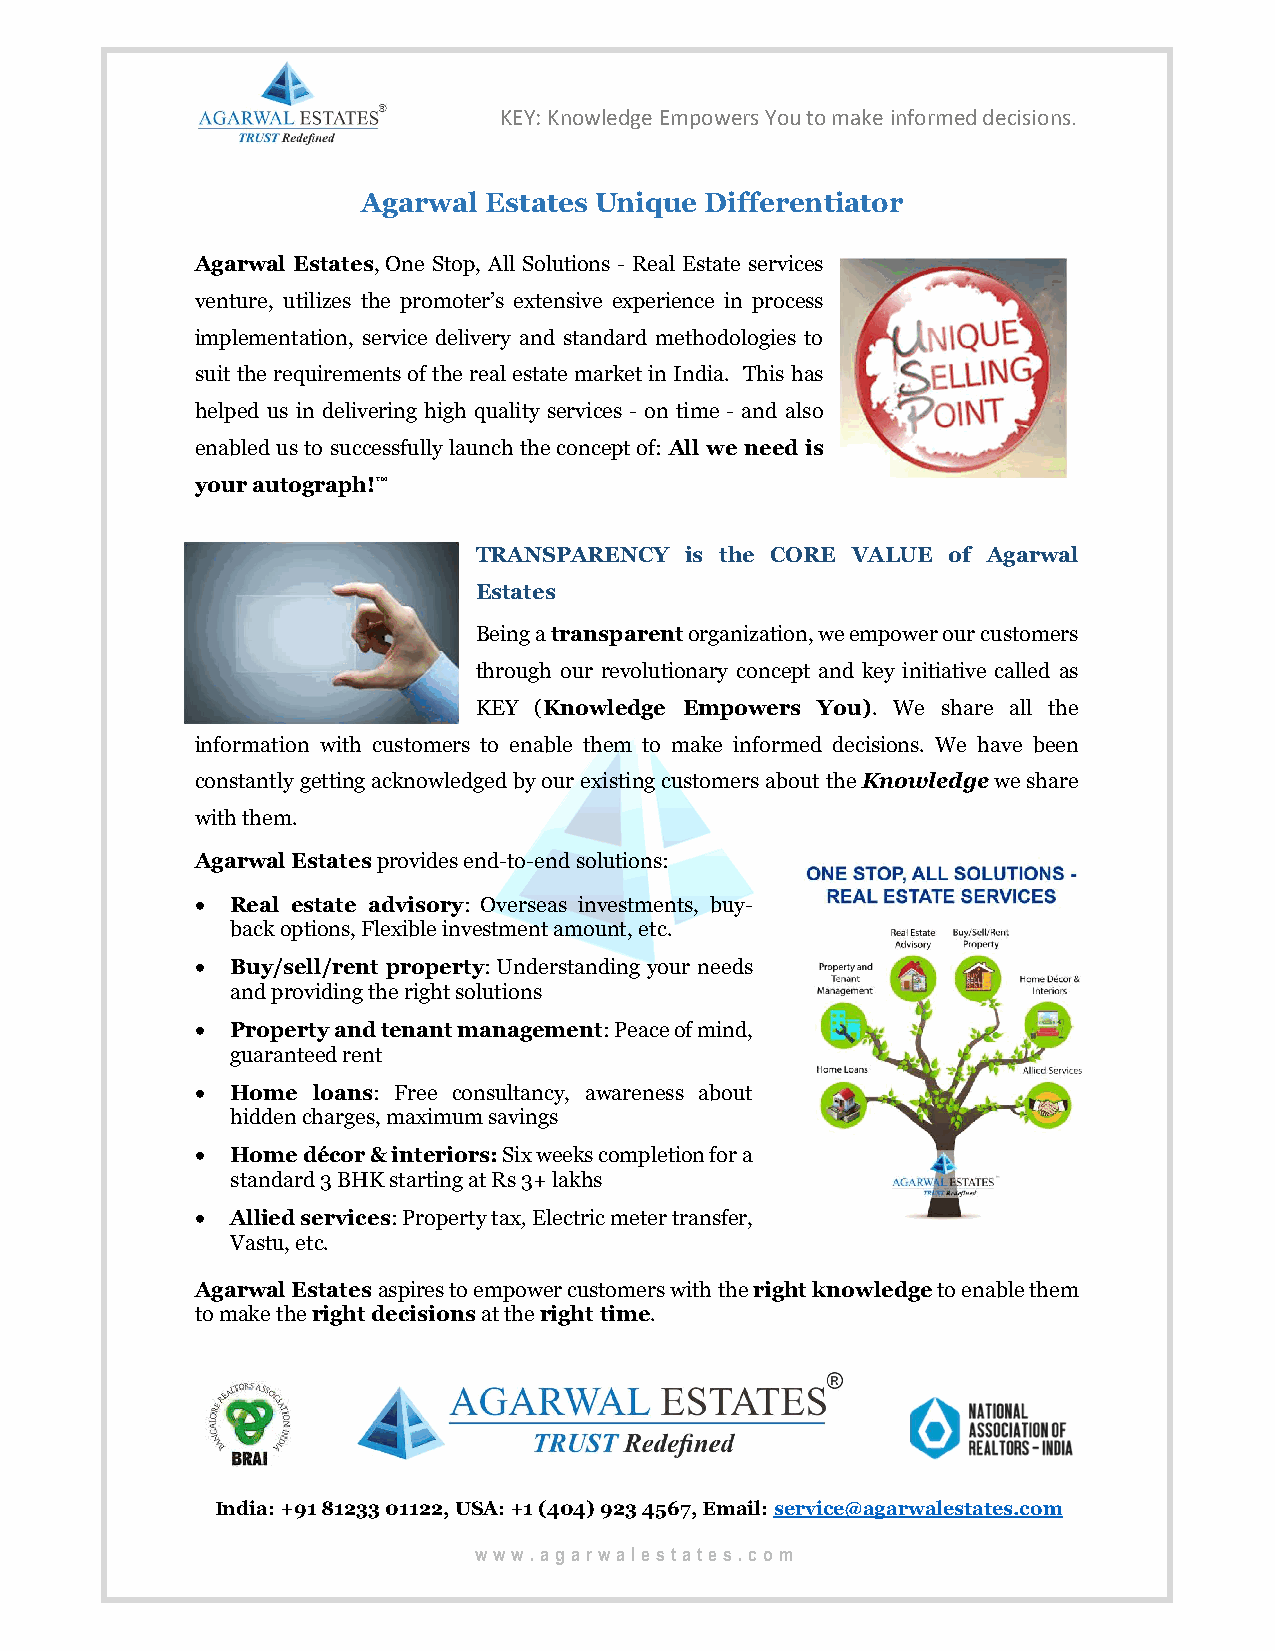
KEY: Knowledge Empowers You to make informed decisions.
 Agarwal Estates Unique Differentiator
 Agarwal Estates, One Stop, All Solutions - Real Estate services
 venture, utilizes the promoter’s extensive experience in process
 implementation, service delivery and standard methodologies to
 suit the requirements of the real estate market in India. This has
 helped us in delivering high quality services - on time - and also
 enabled us to successfully launch the concept of: All we need is
 your autograph!™
 TRANSPARENCY is the CORE VALUE of Agarwal
 Estates
 Being a transparent organization, we empower our customers
 through our revolutionary concept and key initiative called as
 KEY (Knowledge Empowers You). We share all the
 information with customers to enable them to make informed decisions. We have been
 constantly getting acknowledged by our existing customers about the Knowledge we share
 with them.
 Agarwal Estates provides end-to-end solutions:
  Real estate advisory: Overseas investments, buy-
 back options, Flexible investment amount, etc.
  Buy/sell/rent property: Understanding your needs
 and providing the right solutions
  Property and tenant management: Peace of mind,
 guaranteed rent
  Home  loans: Free consultancy, awareness about
 hidden charges, maximum savings
  Home décor & interiors: Six weeks completion for a
 standard 3 BHK starting at Rs 3+ lakhs
  Allied services: Property tax, Electric meter transfer,
 Vastu, etc.
 Agarwal Estates aspires to empower customers with the right knowledge to enable them
 to make the right decisions at the right time.
 India: +91 81233 01122, USA: +1 (404) 923 4567, Email: service@agarwalestates.com
 www .agarwalestates.com